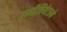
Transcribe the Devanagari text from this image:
एम्पीथियेटरमें